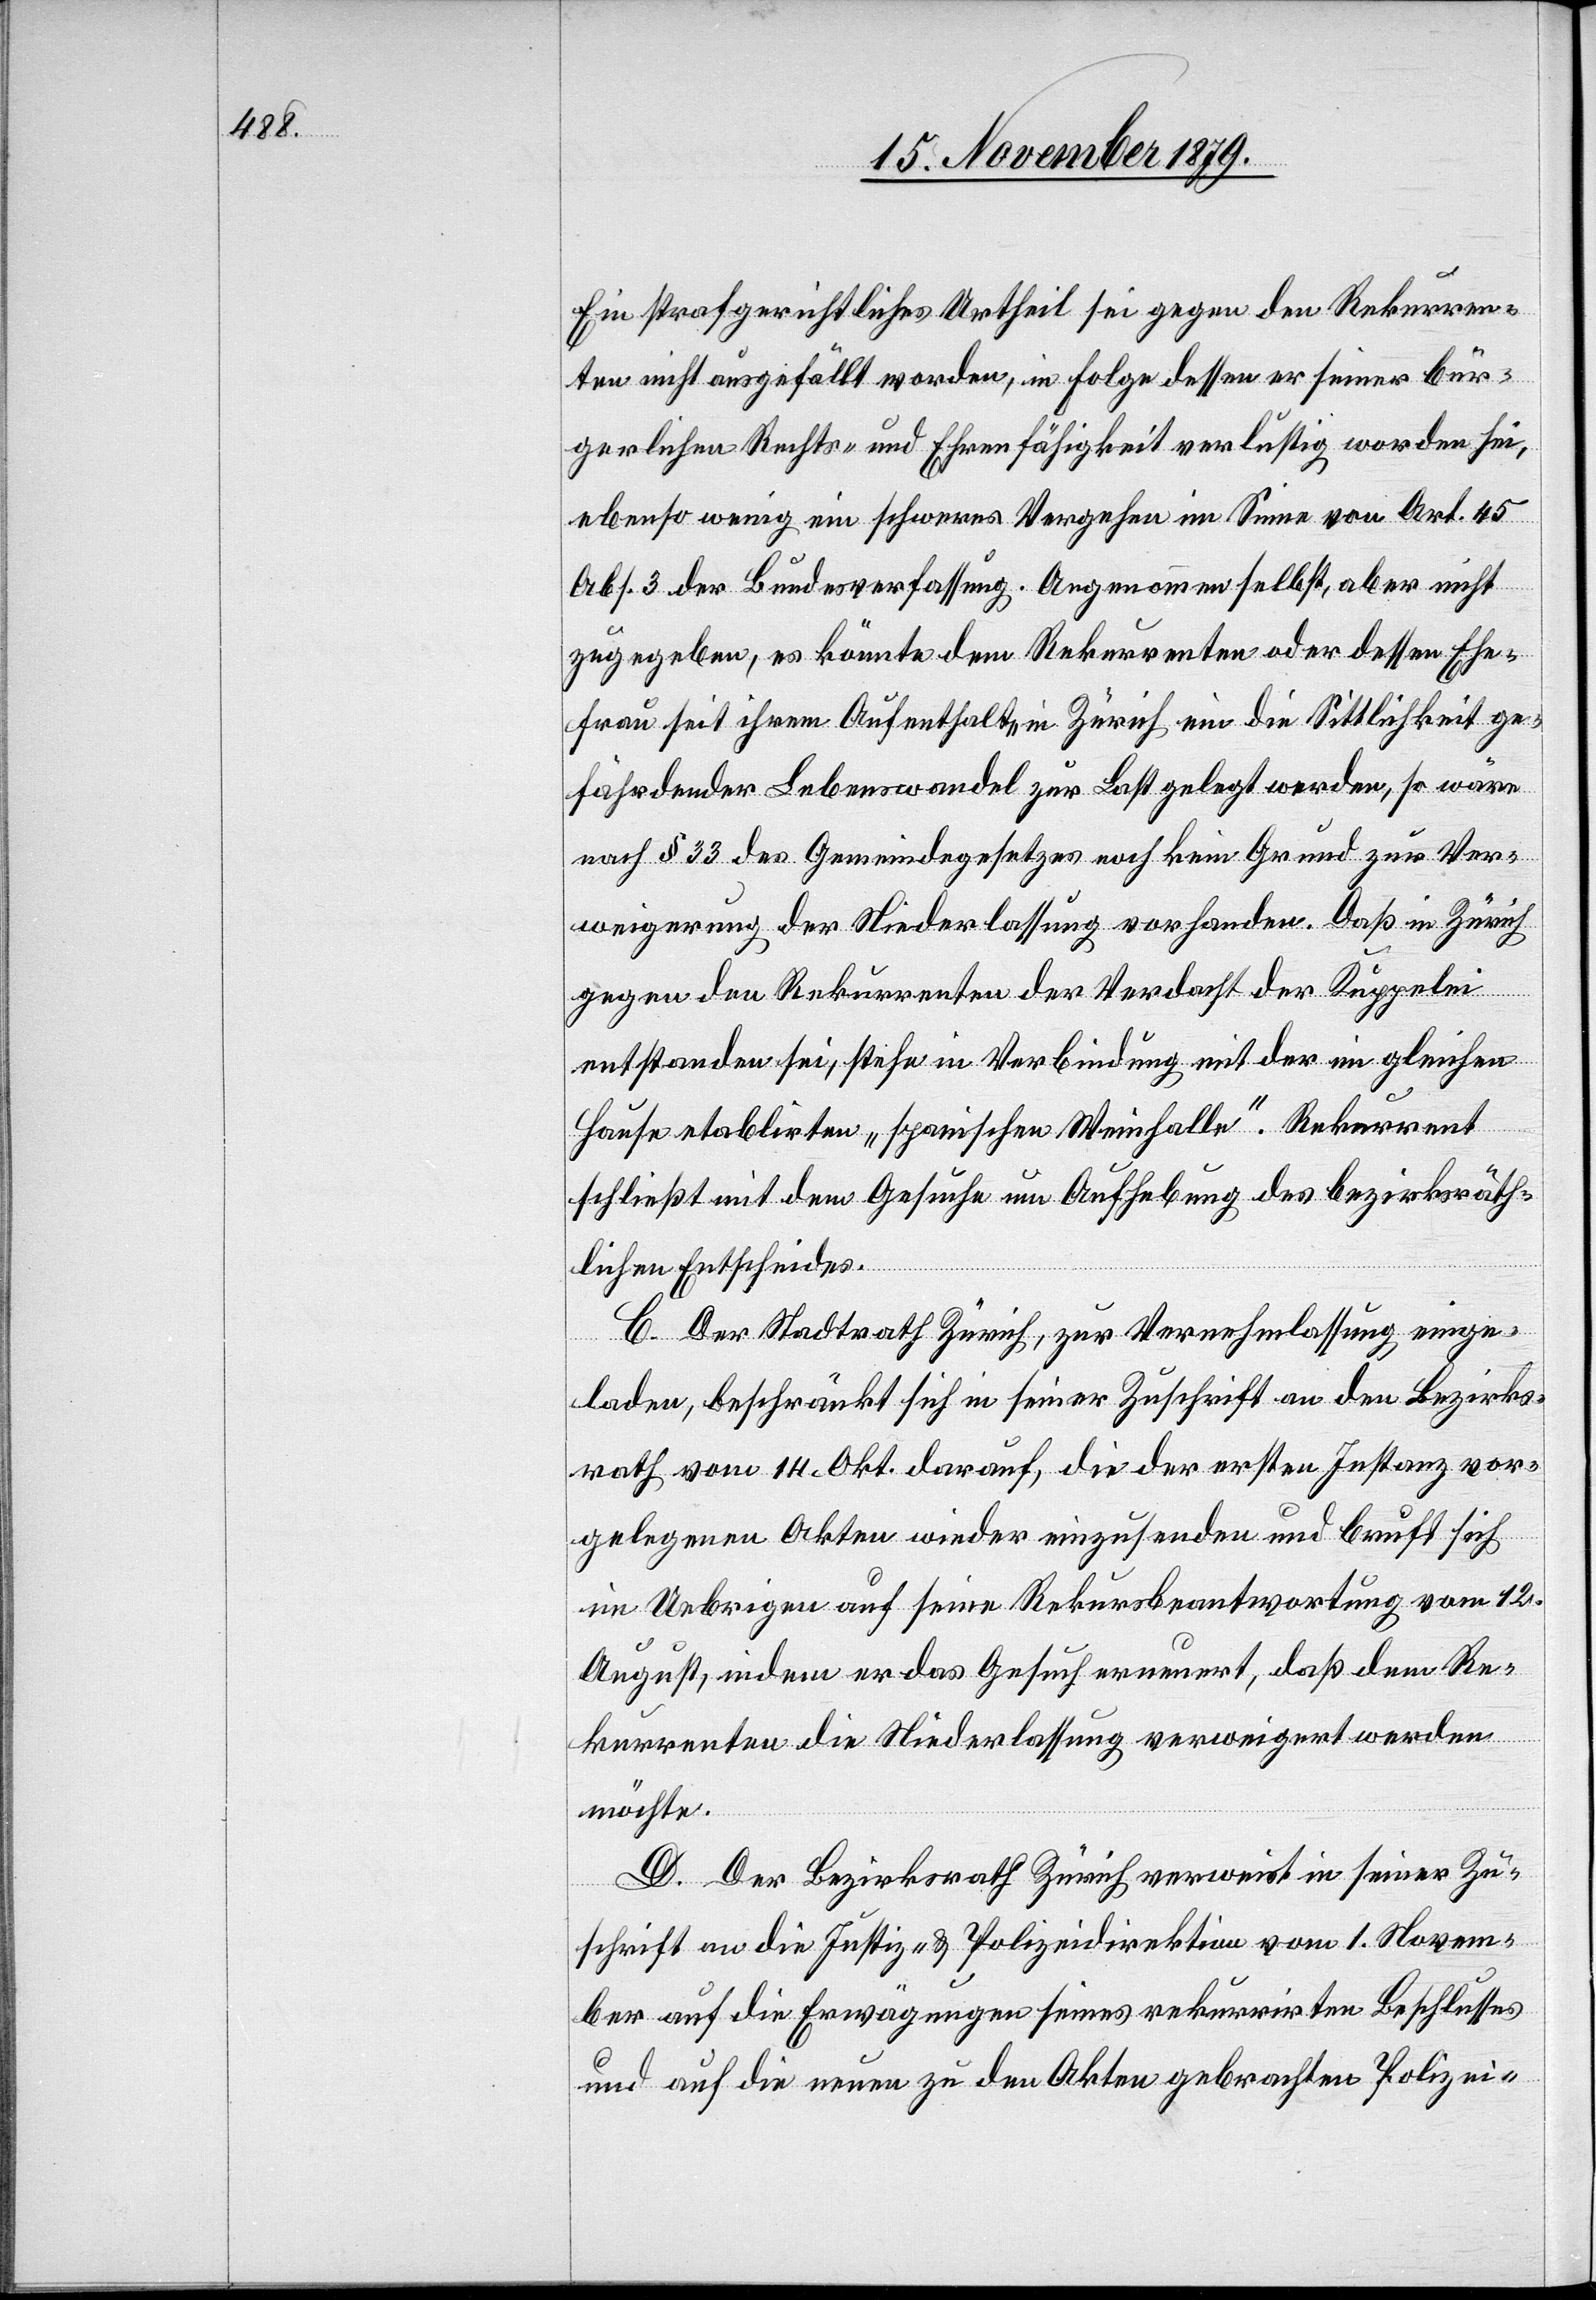
Ein strafgerichtliches Urtheil sei gegen den Rekurren¬
ten nicht ausgefällt worden, in Folge dessen er seiner bür¬
gerlichen Rechts- und Ehrenfähigkeit verlustig worden sei,
ebenso wenig ein schweres Vergehen im Sinne von Art. 45
Abs. 3 der Bundesverfassung. Angenommen selbst, aber nicht
zugegeben, es könnte dem Rekurrenten oder dessen Ehe¬
frau seit ihrem Aufenthalte in Zürich ein die Sittlichkeit ge¬
fährdender Lebenswandel zur Last gelegt werden, so wäre
nach § 33 des Gemeindegesetzes noch kein Grund zur Ver¬
weigerung der Niederlassung vorhanden. Daß in Zürich
gegen den Rekurrenten der Verdacht der Kuppelei
entstanden sei, stehe in Verbindung mit der im gleichen
Hause etablirten „spanischen Weinhalle“. Rekurrent
schließt mit dem Gesuche um Aufhebung des bezirksräth¬
lichen Entscheides.
C. Der Stadtrath Zürich, zur Vernehmlassung einge¬
laden, beschränkt sich in seiner Zuschrift an den Bezirks¬
rath vom 14. Okt. darauf, die der ersten Instanz vor¬
gelegenen Akten wieder einzusenden und beruft sich
im Uebrigen auf seine Rekursbeantwortung vom 12.
August, indem er das Gesuch ernennt, das dem Re¬
kurrenten die Niederlassung verweigert werden
möchte.
D. Der Bezirksrath Zürich verweist in seiner Zu¬
schrift an die Justiz- & Polizeidirektion vom 1. Novem¬
ber auf die Erwägungen seines rekurrirten Beschlusses
und auf die neuen zu den Akten gebrachten Polizei-